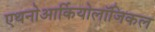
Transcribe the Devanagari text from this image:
एथनोआर्कियोलॉजिकल